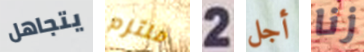
يتجاهل ملتزم 2 أجل زنا